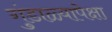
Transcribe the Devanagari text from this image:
गुंडाळ्यापेक्षा